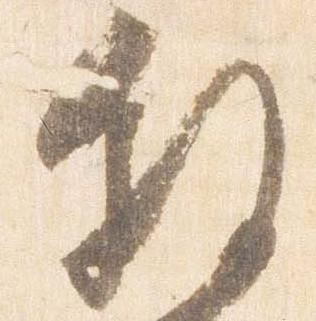
叙